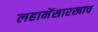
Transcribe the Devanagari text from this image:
लहानेंसारखाच